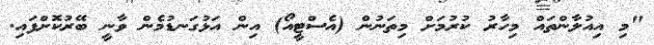
"މި އިއުލާންތައް މިހާރު ކުރުމަށް މިތަނުން (އެސްޓީއޯ) އިން އަޅުގަނޑުމެން ވާނީ ބޭރުކޮށްފައި.